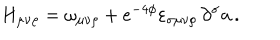
LaTeX: H _ { \mu \nu \rho } = \omega _ { \mu \nu \rho } + e ^ { - 4 \phi } \varepsilon _ { \sigma \mu \nu \rho } \, \partial ^ { \sigma } { \bf a } \, .